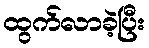
ထွက်လာခဲ့ပြီး